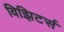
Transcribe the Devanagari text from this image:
विझिटर्स